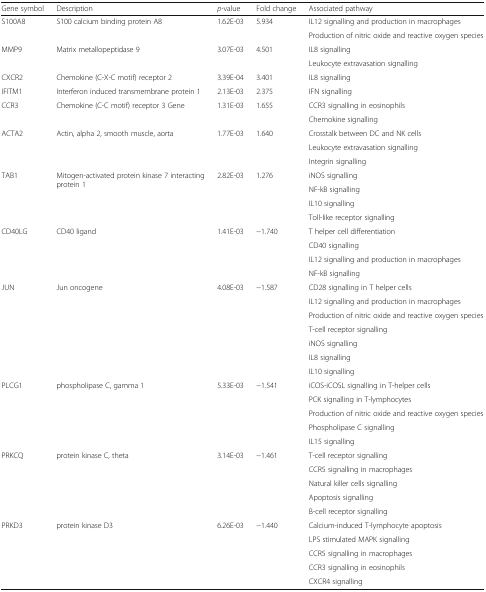
<table><thead><tr><td><b>Gene symbol</b></td><td><b>Description</b></td><td><b><i>p</i>-value</b></td><td><b>Fold change</b></td><td><b>Associated pathway</b></td></tr></thead><tbody><tr><td rowspan="2">S100A8</td><td rowspan="2">S100 calcium binding protein A8</td><td rowspan="2">1.62E-03</td><td rowspan="2">5.934</td><td>IL12 signalling and production in macrophages</td></tr><tr><td>Production of nitric oxide and reactive oxygen species</td></tr><tr><td rowspan="2">MMP9</td><td rowspan="2">Matrix metallopeptidase 9</td><td rowspan="2">3.07E-03</td><td rowspan="2">4.501</td><td>IL8 signalling</td></tr><tr><td>Leukocyte extravasation signalling</td></tr><tr><td>CXCR2</td><td>Chemokine (C-X-C motif) receptor 2</td><td>3.39E-04</td><td>3.401</td><td>IL8 signalling</td></tr><tr><td>IFITM1</td><td>Interferon induced transmembrane protein 1</td><td>2.13E-03</td><td>2.375</td><td>IFN signalling</td></tr><tr><td rowspan="2">CCR3</td><td rowspan="2">Chemokine (C-C motif) receptor 3 Gene</td><td rowspan="2">1.31E-03</td><td rowspan="2">1.655</td><td>CCR3 signalling in eosinophils</td></tr><tr><td>Chemokine signalling</td></tr><tr><td rowspan="3">ACTA2</td><td rowspan="3">Actin, alpha 2, smooth muscle, aorta</td><td rowspan="3">1.77E-03</td><td rowspan="3">1.640</td><td>Crosstalk between DC and NK cells</td></tr><tr><td>Leukocyte extravasation signalling</td></tr><tr><td>Integrin signalling</td></tr><tr><td rowspan="4">TAB1</td><td rowspan="4">Mitogen-activated protein kinase 7 interacting protein 1</td><td rowspan="4">2.82E-03</td><td rowspan="4">1.276</td><td>iNOS signalling</td></tr><tr><td>NF-kB signalling</td></tr><tr><td>IL10 signalling</td></tr><tr><td>Toll-like receptor signalling</td></tr><tr><td rowspan="4">CD40LG</td><td rowspan="4">CD40 ligand</td><td rowspan="4">1.41E-03</td><td rowspan="4">−1.740</td><td>T helper cell differentiation</td></tr><tr><td>CD40 signalling</td></tr><tr><td>IL12 signalling and production in macrophages</td></tr><tr><td>NF-kB signalling</td></tr><tr><td rowspan="7">JUN</td><td rowspan="7">Jun oncogene</td><td rowspan="7">4.08E-03</td><td rowspan="7">−1.587</td><td>CD28 signalling in T helper cells</td></tr><tr><td>IL12 signalling and production in macrophages</td></tr><tr><td>Production of nitric oxide and reactive oxygen species</td></tr><tr><td>T-cell receptor signalling</td></tr><tr><td>iNOS signalling</td></tr><tr><td>IL8 signalling</td></tr><tr><td>IL10 signalling</td></tr><tr><td rowspan="5">PLCG1</td><td rowspan="5">phospholipase C, gamma 1</td><td rowspan="5">5.33E-03</td><td rowspan="5">−1.541</td><td>iCOS-iCOSL signalling in T-helper cells</td></tr><tr><td>PCK signalling in T-lymphocytes</td></tr><tr><td>Production of nitric oxide and reactive oxygen species</td></tr><tr><td>Phospholipase C signalling</td></tr><tr><td>IL15 signalling</td></tr><tr><td rowspan="5">PRKCQ</td><td rowspan="5">protein kinase C, theta</td><td rowspan="5">3.14E-03</td><td rowspan="5">−1.461</td><td>T-cell receptor signalling</td></tr><tr><td>CCR5 signalling in macrophages</td></tr><tr><td>Natural killer cells signalling</td></tr><tr><td>Apoptosis signalling</td></tr><tr><td>B-cell receptor signalling</td></tr><tr><td rowspan="5">PRKD3</td><td rowspan="5">protein kinase D3</td><td rowspan="5">6.26E-03</td><td rowspan="5">−1.440</td><td>Calcium-induced T-lymphocyte apoptosis</td></tr><tr><td>LPS stimulated MAPK signalling</td></tr><tr><td>CCR5 signalling in macrophages</td></tr><tr><td>CCR3 signalling in eosinophils</td></tr><tr><td>CXCR4 signalling</td></tr></tbody></table>